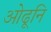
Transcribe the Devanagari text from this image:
ओढूनि